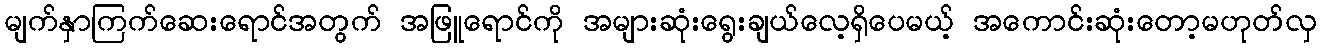
မျက်နှာကြက်ဆေးရောင်အတွက် အဖြူရောင်ကို အများဆုံးရွေးချယ်လေ့ရှိပေမယ့် အကောင်းဆုံးတော့မဟုတ်လှ